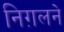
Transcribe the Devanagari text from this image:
निग़लने